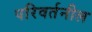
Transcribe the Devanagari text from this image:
परिवर्तनील